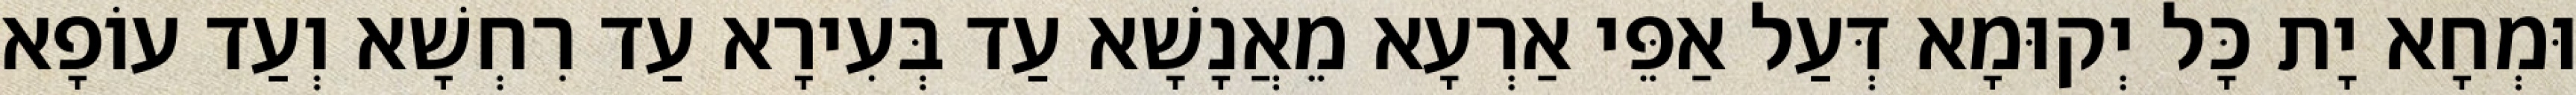
וּמְחָא יָת כָּל יְקוּמָא דְּעַל אַפֵּי אַרְעָא מֵאֲנָשָׁא עַד בְּעִירָא עַד רִחְשָׁא וְעַד עוֹפָא